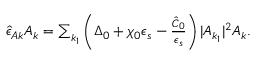
\begin{array} { r } { \hat { \epsilon } _ { A k } A _ { k } = \sum _ { k _ { 1 } } \left( \Delta _ { 0 } + \chi _ { 0 } \epsilon _ { s } - \frac { \hat { C } _ { 0 } } { \epsilon _ { s } } \right) \lvert A _ { k _ { 1 } } \rvert ^ { 2 } A _ { k } . } \end{array}